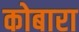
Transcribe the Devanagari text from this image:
कोबारा